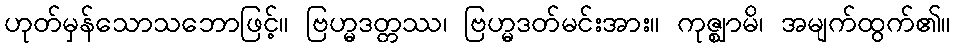
ဟုတ်မှန်သောသဘောဖြင့်။ ဗြဟ္မဒတ္တဿ၊ ဗြဟ္မဒတ်မင်းအား။ ကုဇ္ဈာမိ၊ အမျက်ထွက်၏။